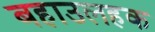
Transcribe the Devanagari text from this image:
बहाउलहक